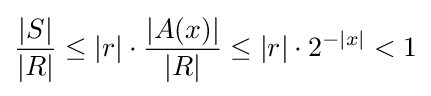
{\frac {|S|}{|R|}}\leq |r|\cdot {\frac {|A(x)|}{|R|}}\leq |r|\cdot 2^{-|x|}<1